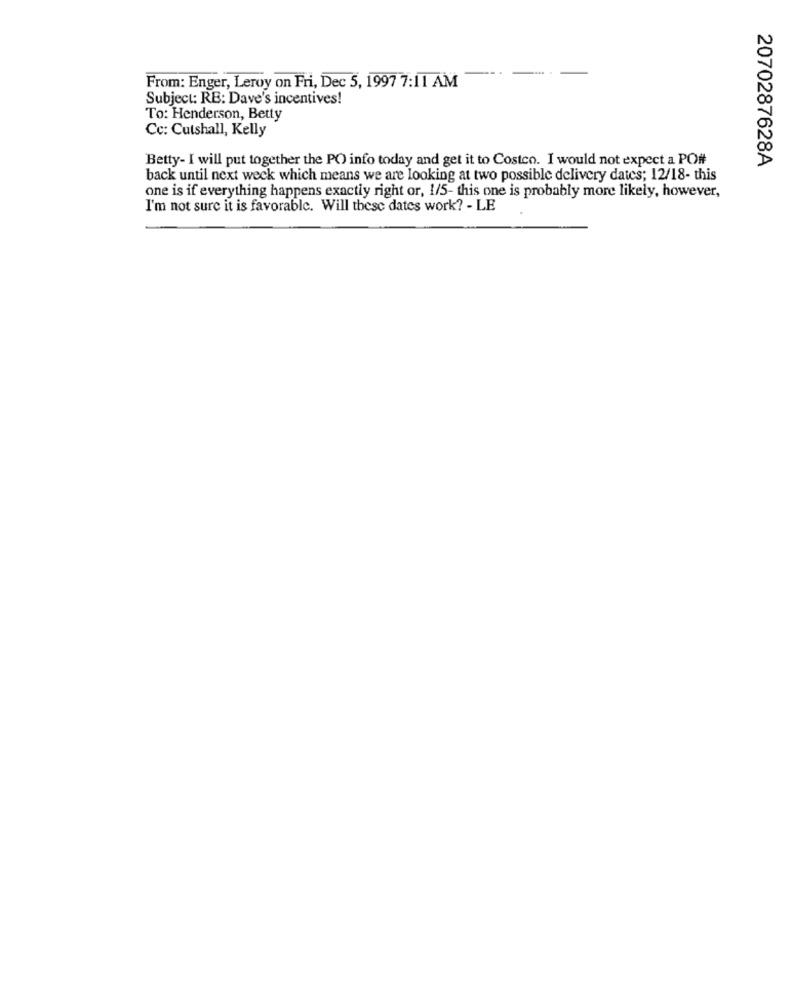
From: Enger, Leroy on Fri, Dec 5, 1997 7:11 AM
Subject: RE: Dave's incentives!
To: Henderson, Betty
Cc: Cutshall, Kelly
Betty- I will put together the PO info today and get it to Costco. I would not expect a PO#
2070287628A
back until next week which means we are looking at two possible delivery dates; 12/18- this
one is if everything happens exactly right or, 1/5- this one is probably more likely, however,
I'm not sure it is favorable. Will these dates work? - LE